Annual administration report of the Civil Veterinary Department of India - 1898-1899
Year: 1898
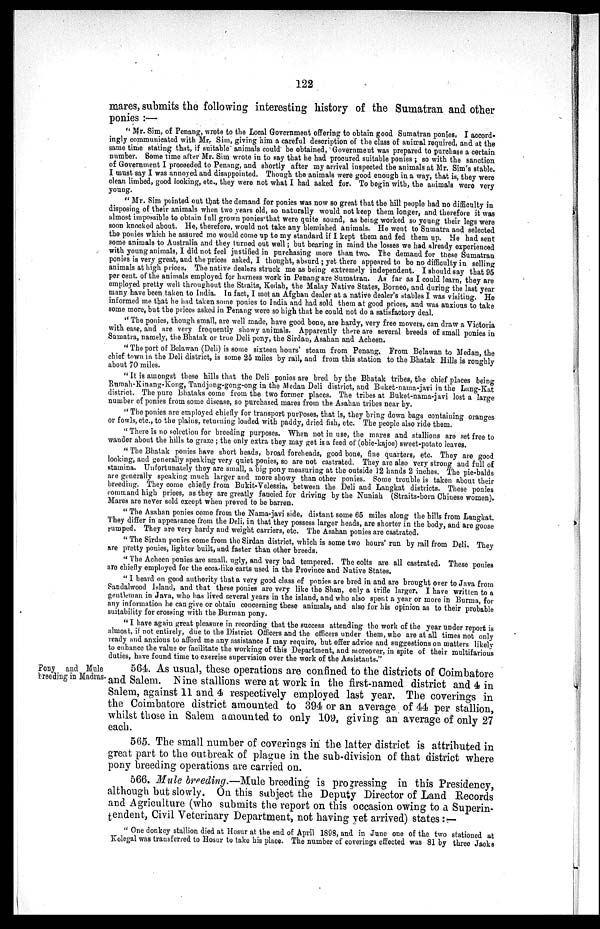
122
mares, submits the following interesting history of the Sumatran and other
ponies:—
"Mr. Sim, of Penang, wrote to the Local Government offering to obtain good Sumatran ponies. I accord-
ingly communicated with Mr. Sim, giving him a careful description of the class of animal required, and at the
same time stating that, if suitable animals could be obtained, Government was prepared to purchase a certain
number. Some time after Mr. Sim wrote in to say that he had procured suitable ponies ; so with the sanction
of Government I proceeded to Penang, and shortly after my arrival inspected the animals at Mr. Sim's stable.
I must say I was annoyed and disappointed. Though the animals were good enough in a way, that is, they were
clean limbed, good looking, etc., they were not what I had asked for. To begin with, the animals were very
young.
" Mr. Sim pointed out that the demand for ponies was now so great that the hill people had no difficulty in
disposing of their animals when two years old, so naturally would not keep them longer, and therefore it was
almost impossible to obtain full grown ponies that were quite sound, as being worked so young their legs were
soon knocked about. He, therefore, would not take any blemished animals. He went to Sumatra and selected
the ponies which he assured me would come up to my standard if I kept them and fed them up. He had sent
some animals to Australia and they turned out well; but bearing in mind the losses we had already experienced
with young animals, I did not feel justified in purchasing more than two. The demand for these Sumatran
ponies is very great, and the prices asked, I thought, absurd ; yet there appeared to be no difficulty in selling
animals at high prices. The native dealers struck me as being extremely independent. I should say that 95
per cent. of the animals employed for harness work in Penang are Sumatran. As far as I could learn, they are
employed pretty well throughout the Straits, Kedah, the Malay Native States, Borneo, and during the last year
many have been taken to India. In fact, I met an Afghan dealer at a native dealer's stables I was visiting. He
informed me that he had taken some ponies to India and had sold them at good prices, and was anxious to take
some more, but the prices asked in Penang were so high that he could not do a satisfactory deal.
"The ponies, though small, are well made, have good bone, are hardy, very free movers, can draw a Victoria
with ease, and are very frequently showy animals. Apparently there are several breeds of small ponies in
Sumatra, namely, the Bhatak or true Deli pony, the Sirdan, Asahan and Acheen.
"The port of Belawan (Deli) is some sixteen hours' steam from Penang. From Belawan to Medan, the
chief town in the Deli district, is some 25 miles by rail, and from this station to the Bhatak Hills is roughly
about 70 miles.
"It is amongst these hills that the Deli ponies are bred by the Bhatak tribes, the chief places being
Rumah-Kinang-Kong, Tandjong-gong-ong in the Medan Deli district, and Buket-nama-javi in the Lang-Kat
district. The pure Bhataks come from the two former places. The tribes at Buket-nama-javi lost a large
number of ponies from some disease, so purchased mares from the Asahan tribes near by.
"The ponies are employed chiefly for transport purposes, that is, they bring down bags containing oranges
or fowls, etc., to the plains, returning loaded with paddy, dried fish, etc. The people also ride them.
"There is no selection for breeding purposes. When not in use, the mares and stallions are set free to
wander about the hills to graze ; the only extra they may get is a feed of (obie-kajoe) sweet-potato leaves.
"The Bhatak ponies have short heads, broad foreheads, good bone, fine quarters, etc. They are good
looking, and generally speaking very quiet ponies, so are not castrated. They are also very strong and full of
stamina. Uufortunately they are small, a big pony measuring at the outside 12 hands 2 inches. The pie-balds
are generally speaking much larger and more showy than other ponies. Some trouble is taken about their
breeding. They come chiefly from Bukit-Velessia, between the Deli and Langkat districts. These ponies
command high prices, as they are greatly fancied for driving by the Nuniah (Straits-born Chinese women).
Mares are never sold except when proved to be barren.
"The Asahan ponies come from the Nama-javi side, distant some 65 miles along the hills from Langkat.
They differ in appearance from the Deli, in that they possess larger heads, are shorter in the body, and are goose
rumped. They are very hardy and weight carriers, etc. The Asahan ponies are castrated.
"The Sirdan ponies come from the Sirdan district, which is some two hours' run by rail from Deli. They
are pretty ponies, lighter built, and faster than other breeds.
"The Acheen ponies are small, ugly, and very bad tempered. The colts are all castrated. These ponies
are chiefly employed for the ecca-like carts used in the Province and Native States.
" I heard on good authority that a very good class of ponies are bred in and are brought over to Java from
Sandalwood Island, and that these ponies are very like the Shan, only a trifle larger. I have written to a
gentleman in Java, who has lived several years in the island, and who also spent a year or more in Burma, for
any information he can give or obtain concerning these animals, and also for his opinion as to their probable
suitability for crossing with the Burman pony.
"I have again great pleasure in recording that the success attending the work of the year under report is
almost, if not entirely, due to the District Officers and the officers under them, who are at all times not only
ready and anxious to afford me any assistance I may require, but offer advice and suggestions on matters likely
to enhance the value or facilitate the working of this Department, and moreover, in spite of their multifarious
duties, have found time to exercise supervision over the work of the Assistants."
Pony and Mule
breeding in Madras.
564. As usual, these operations are confined to the districts of Coimbatore
and Salem. Nine stallions were at work in the first-named district and 4 in
Salem, against 11 and 4 respectively employed last year. The coverings in
the Coimbatore district amounted to 394 or an average of 44 per stallion,
whilst those in Salem amounted to only 109, giving an average of only 27
each.
565. The small number of coverings in the latter district is attributed in
great part to the outbreak of plague in the sub-division of that district where
pony breeding operations are carried on.
566. Mule breeding.—Mule breeding is progressing in this Presidency,
although but slowly. On this subject the Deputy Director of Land Records
and Agriculture (who submits the report on this occasion owing to a Superin-
tendent, Civil Veterinary Department, not having yet arrived) states:—
"One donkey stallion died at Hosur at the end of April 1898, and in June one of the two stationed at
Kolegal was transferred to Hosur to take his place. The number of coverings effected was 81 by three Jacks